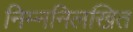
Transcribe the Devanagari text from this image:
निम्ननिलखित